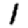
Digit: 1